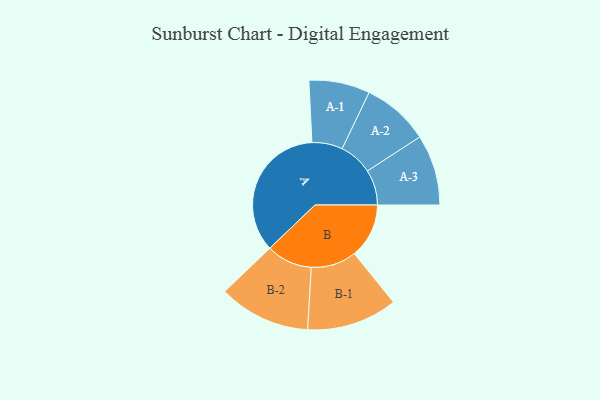
{"axis": {"x": "Segment", "y": "Value"}, "legend": ["", "A", "B"], "data": [{"x": "A", "y": 464, "type": ""}, {"x": "B", "y": 181, "type": ""}, {"x": "A-1", "y": 101, "type": "A"}, {"x": "A-2", "y": 111, "type": "A"}, {"x": "A-3", "y": 117, "type": "A"}, {"x": "B-1", "y": 150, "type": "B"}, {"x": "B-2", "y": 152, "type": "B"}]}